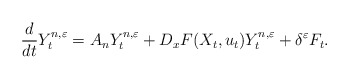
\begin{align*}\frac{d}{dt} Y_t^{n,\varepsilon} = A_nY^{n,\varepsilon}_t + D_xF(X_t,u_t)Y^{n,\varepsilon}_t + \delta^\varepsilon F_t. \end{align*}